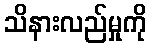
သိနားလည်မှုကို